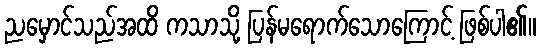
ညမှောင်သည်အထိ ကသာသို့ ပြန်မရောက်သောကြောင့် ဖြစ်ပါ၏။